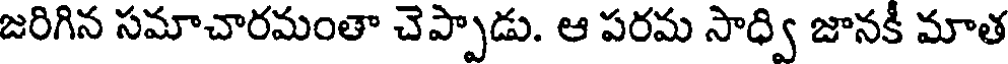
జరిగిన సమాచారమంతా చెప్పాడు. ఆ పరమ సాధ్వి జానకీ మాత